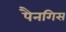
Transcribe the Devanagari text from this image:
पैनगिस